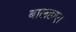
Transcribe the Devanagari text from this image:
बालहाए।